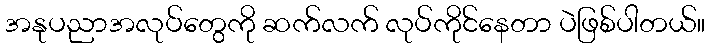
အနုပညာအလုပ်တွေကို ဆက်လက် လုပ်ကိုင်နေတာ ပဲဖြစ်ပါတယ်။